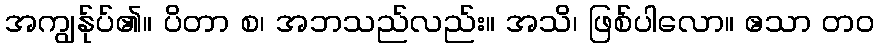
အကျွန်ုပ်၏။ ပိတာ စ၊ အဘသည်လည်း။ အသိ၊ ဖြစ်ပါလော။ ဧသာ တဝ